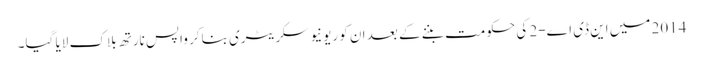
2014 میں این ڈی اے-2 کی حکومت بننے کے بعد ان کو ریونیو سکریٹری بناکر واپس نارتھ بلاک لایا گیا۔